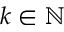
k \in \mathbb N